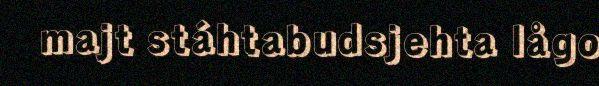
majt stáhtabudsjehta lågo